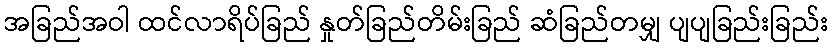
အခြည်အဝါ ထင်လာရိပ်ခြည် နှုတ်ခြည်တိမ်းခြည် ဆံခြည်တမျှ ပျပျခြည်းခြည်း